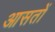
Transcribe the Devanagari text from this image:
आसतों